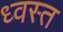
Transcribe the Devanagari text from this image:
ध्वस्‍त